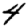
Digit: 4